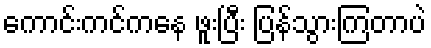
ကောင်းကင်ကနေ ဖူးပြီး ပြန်သွားကြတာပဲ